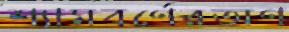
শ্যামবর্ণেরঅণ